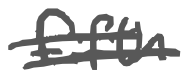
Text: fifth
Cross-out: double-line
Writing tool: digital_gray